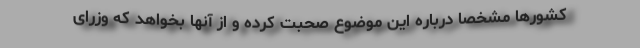
کشورها مشخصا درباره این موضوع صحبت کرده و از آنها بخواهد که وزرای